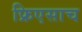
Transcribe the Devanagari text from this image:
फ्रिएसाच